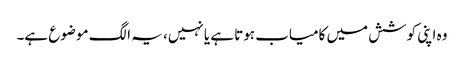
وہ اپنی کوشش میں کامیاب ہوتا ہے یا نہیں، یہ الگ موضوع ہے۔